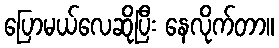
ပြောမယ်လေဆိုပြီး နေလိုက်တာ။